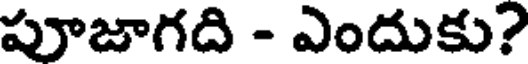
పూజాగది - ఎందుకు?